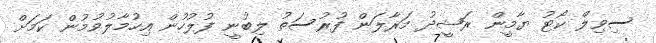
ސިވިލް ކޯޓު ޔާމީން ރަޝީދު މަރާލަން ފުރުސަތު ލިބުނީ ފުލުހުން އިހުމާލުވުމުން ކަމަށް